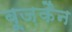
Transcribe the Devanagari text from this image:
बूज़कैन